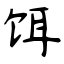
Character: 饵